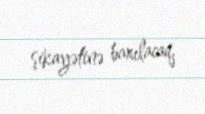
şikayətinə baxılacaq.